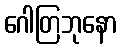
ဂေါတြဘုနော